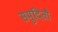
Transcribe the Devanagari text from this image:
समुदितौ